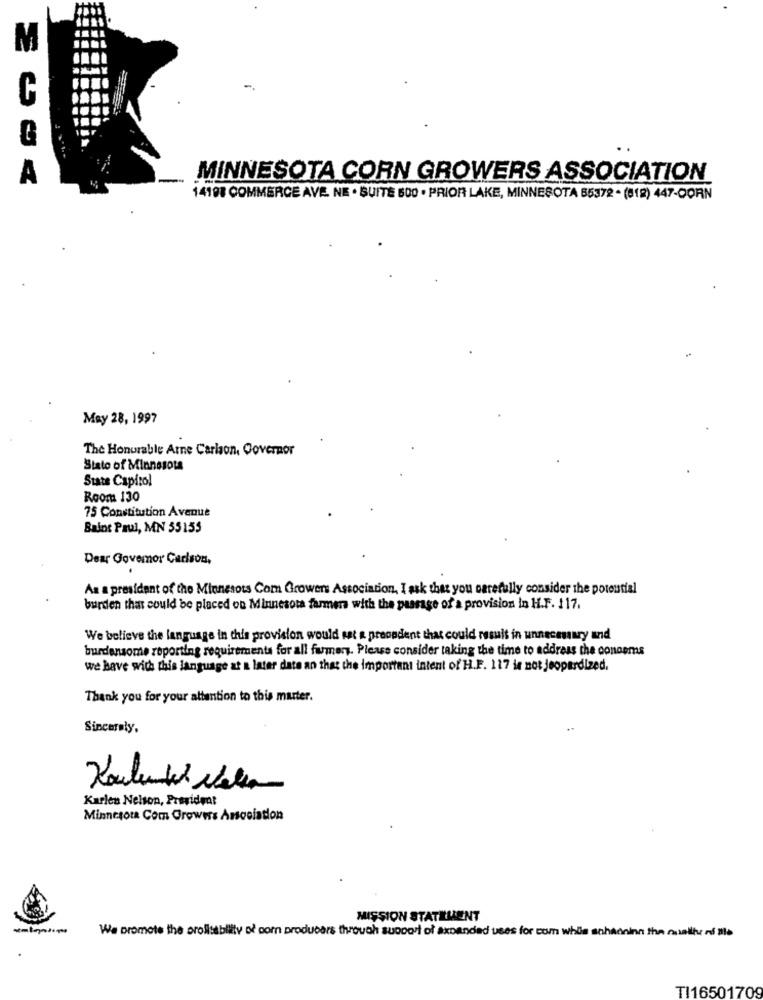
A
MINNESOTA CORN GROWERS ASSOCIATION
14198 COMMERCE AVE. NE · SUITE 600 · PRIOR LAKE, MINNESOTA 55372 - (812) 447-CORN
May 28, 1997
The Honurable Arne Carlson, Governor
Stato of Minnesota
State Capitol
Room 130
75 Constitution Avenue
Bains Paul, MN 55155
Dear Governor Carlson,
As a president of the Minnesots Com Growers Association, I ask that you carefully consider the potential
burden that could be placed on Minnesota farmers with the passage of a provision in H.F. 117.
We believe the language in this provision would sat a precedent that could result in unnecessary und
burdensome reporting requirements for all fumery. Please consider taking the time to address the conoems
we have with this language at a later date an that the important intent of H.F. 117 is not jeopardized.
Thank you for your attention to this marter.
Sincerely.
Karlen Nelson, President
Minnesota Com Growers Association
MISSION STATEMENT
We promote the prollssbliity of corn producers through support of axbanded uses for com while sohaoninn the nunilh rs Ble
TI16501709